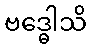
ဗဒ္ဓေါသိ